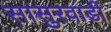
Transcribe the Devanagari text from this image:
सासुरवाडी